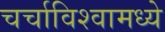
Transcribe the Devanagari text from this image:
चर्चाविश्वामध्ये